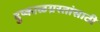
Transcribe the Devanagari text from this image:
दुष्काळग्रस्तांसाठी